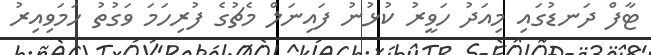
ޓާފް ދަނޑުގައި މިއަދު ހަވީރު ކުޅުނު ފައިނަލް މެޗުގެ ފުރިހަމަ ވަގުތު ހަމަވިއިރު